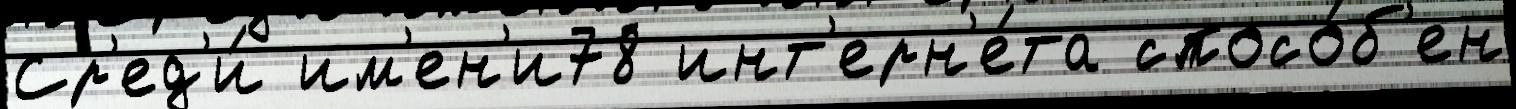
Ср'ед'и́ им'ен'и78 инт'ерн'е́та спосо́б'ен